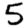
Digit: 5